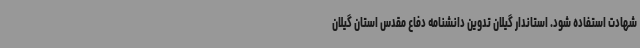
شهادت استفاده شود. استاندار گیلان تدوین دانشنامه دفاع مقدس استان گیلان